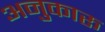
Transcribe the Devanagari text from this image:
अनुकारू